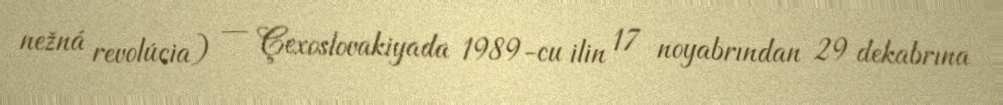
nežná revolúcia) — Çexoslovakiyada 1989-cu ilin 17 noyabrından 29 dekabrına